Annual report of the Punjab Veterinary College and of the Civil Veterinary Department, Punjab - 1926-1932
Year: 1926
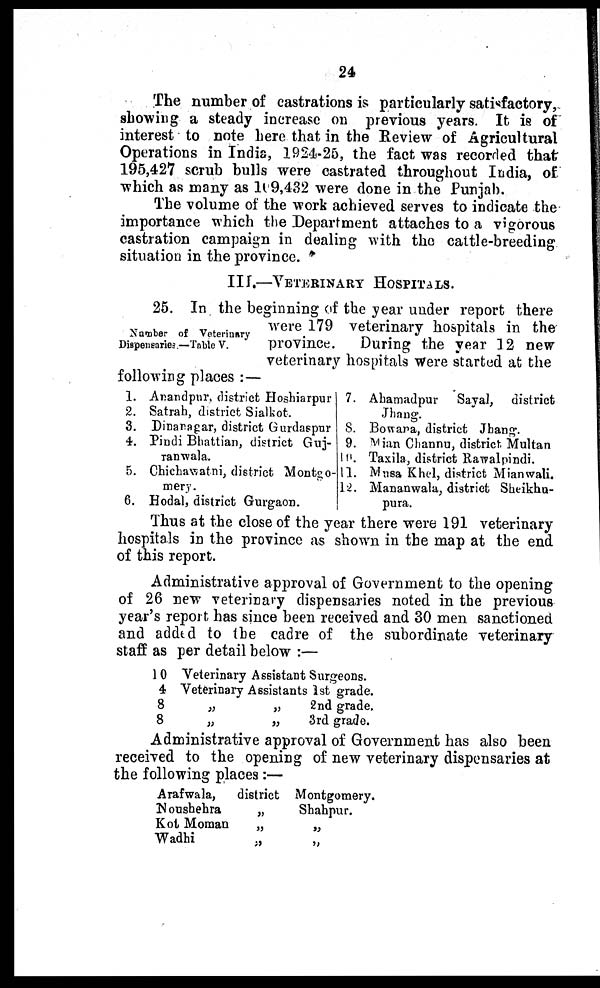
24
The number of castrations is particularly satisfactory,
showing a steady increase on previous years. It is of
interest to note here that in the Review of Agricultural
Operations in India, 1924-25, the fact was recorded that
195,427 scrub bulls were castrated throughout India, of
which as many as 109,432 were done in the Punjab.
The volume of the work achieved serves to indicate the
importance which the Department attaches to a vigorous
castration campaign in dealing with the cattle-breeding
situation in the province.
III.—VETERINARY HOSPITALS.
Number of Veterinary
Dispensaries.—Table V.
25. In the beginning of the year under report there
were 179 veterinary hospitals in the
province.
During the year 12 new
veterinary hospitals were started at the
following places:—
1.
2.
3.
4.
5.
6.
Anandpur, district Hoshiarpur
Satrah, district Sialkot.
Dinanagar, district Gurdaspur
Pindi Bhattian, district Guj-
ranwala.
Chichawatni, district Montgo-
mery.
Hodal, district Gurgaon.
7.
8.
9.
10.
11.
12.
Ahamadpur
Sayal, district
Jhang.
Bowara, district Jhang.
Mian Channu, district Multan
Taxila, district Rawalpindi.
Musa Khel, district Mianwali.
Mananwala, district Sheikhu-
pura.
Thus at the close of the year there were 191 veterinary
hospitals in the province as shown in the map at the end
of this report.
Administrative approval of Government to the opening
of 26 new veterinary dispensaries noted in the previous
year's report has since been received and 30 men sanctioned
and added to the cadre of the subordinate veterinary
staff as per detail below:—
10
4
8
8
Veterinary Assistant Surgeons.
Veterinary Assistants
„
„
„
„
1st grade.
2nd grade.
3rd grade.
Administrative approval of Government has also been
received to the opening of new veterinary dispensaries at
the following places:—
Arafwala,
district
Noushehra
„
Kot Moman
„
Wadhi
„
Montgomery.
Shahpur.
„
„